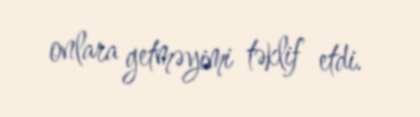
onlara getməyimi təklif etdi.